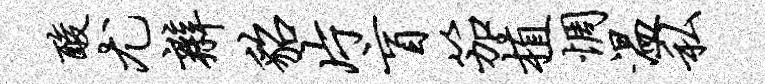
酸尤辫貂片盲笳植惆温私